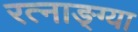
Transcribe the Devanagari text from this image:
रत्नाङ्ग्या